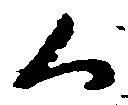
く